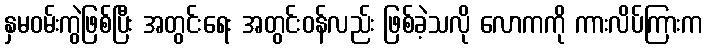
နှမဝမ်းကွဲဖြစ်ပြီး အတွင်းရေး အတွင်းဝန်လည်း ဖြစ်ခဲ့သလို လောကကို ကားလိပ်ကြားက